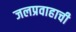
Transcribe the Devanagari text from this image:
जलप्रवाहाची